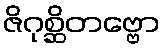
ဇိဂုစ္ဆိတဗ္ဗော